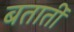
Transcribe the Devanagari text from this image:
बतातीं